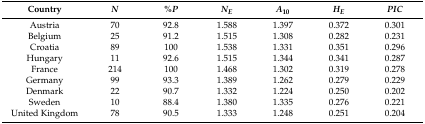
<table><thead><tr><td><b>Country</b></td><td><b><i>N</i></b></td><td><b>%<i>P</i></b></td><td><b><i>N<sub>E</sub></i></b></td><td><b><i>A</i><sub>10</sub></b></td><td><b><i>H<sub>E</sub></i></b></td><td><b><i>PIC</i></b></td></tr></thead><tbody><tr><td>Austria</td><td>70</td><td>92.8</td><td>1.588</td><td>1.397</td><td>0.372</td><td>0.301</td></tr><tr><td>Belgium</td><td>25</td><td>91.2</td><td>1.515</td><td>1.308</td><td>0.282</td><td>0.231</td></tr><tr><td>Croatia</td><td>89</td><td>100</td><td>1.538</td><td>1.331</td><td>0.351</td><td>0.296</td></tr><tr><td>Hungary</td><td>11</td><td>92.6</td><td>1.515</td><td>1.344</td><td>0.341</td><td>0.287</td></tr><tr><td>France</td><td>214</td><td>100</td><td>1.468</td><td>1.302</td><td>0.319</td><td>0.278</td></tr><tr><td>Germany</td><td>99</td><td>93.3</td><td>1.389</td><td>1.262</td><td>0.279</td><td>0.229</td></tr><tr><td>Denmark</td><td>22</td><td>90.7</td><td>1.332</td><td>1.224</td><td>0.250</td><td>0.202</td></tr><tr><td>Sweden</td><td>10</td><td>88.4</td><td>1.380</td><td>1.335</td><td>0.276</td><td>0.221</td></tr><tr><td>United Kingdom</td><td>78</td><td>90.5</td><td>1.333</td><td>1.248</td><td>0.251</td><td>0.204</td></tr></tbody></table>